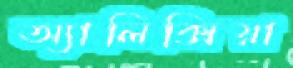
অ্যালিক্সিয়া